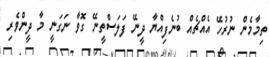
ތިމާމެން ނުރުހޭ އެއްޗެއް ބުނެފިއްޔާ ދީނޭ ފަލަސްތީނޭ ގޮވާ ނަގަނީ މާ ދީންވެރި